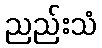
ညည်းသံ